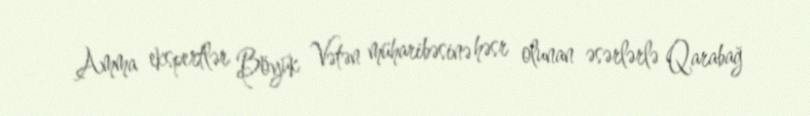
Amma ekspertlər Böyük Vətən müharibəsinə həsr olunan əsərlərlə Qarabağ